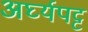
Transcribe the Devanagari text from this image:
अर्घ्यपट्ट